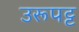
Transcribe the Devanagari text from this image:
उरूपट्ट